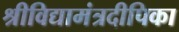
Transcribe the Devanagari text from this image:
श्रीविद्यामंत्रदीपिका